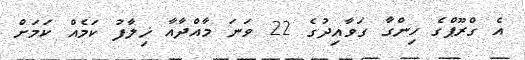
އެ ގްރޫޕްގެ ހިންގާ ގަވާއިދުގެ 22 ވަނަ މާއްދާއާ ޚިލާފު ކަމެއް ކަމަށް